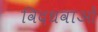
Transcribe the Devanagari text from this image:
विदधवाओं